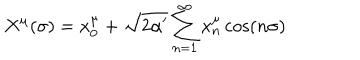
X ^ { \mu } ( \sigma ) = x _ { 0 } ^ { \mu } + \sqrt { 2 \alpha ^ { \prime } } \sum _ { n = 1 } ^ { \infty } { x _ { n } ^ { \mu } \cos ( n \sigma ) }